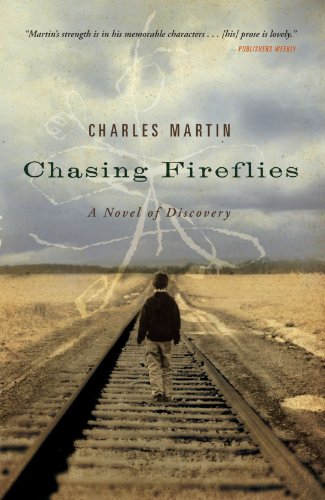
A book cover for Chasing Fireflies: A Novel of Discovery; Charles Martin; Christian Books & Bibles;